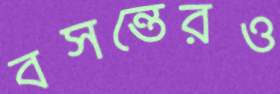
বসন্তেরও